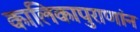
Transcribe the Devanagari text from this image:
कालिकापुराणांन